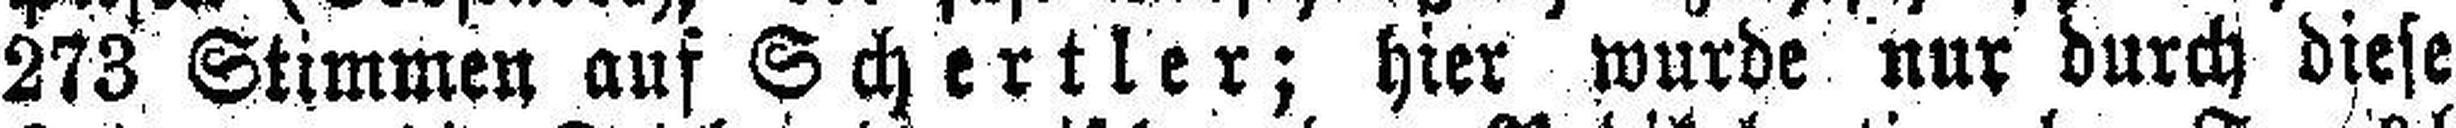
273 Stimmen auf Schertler; hier wurde nur durch diese